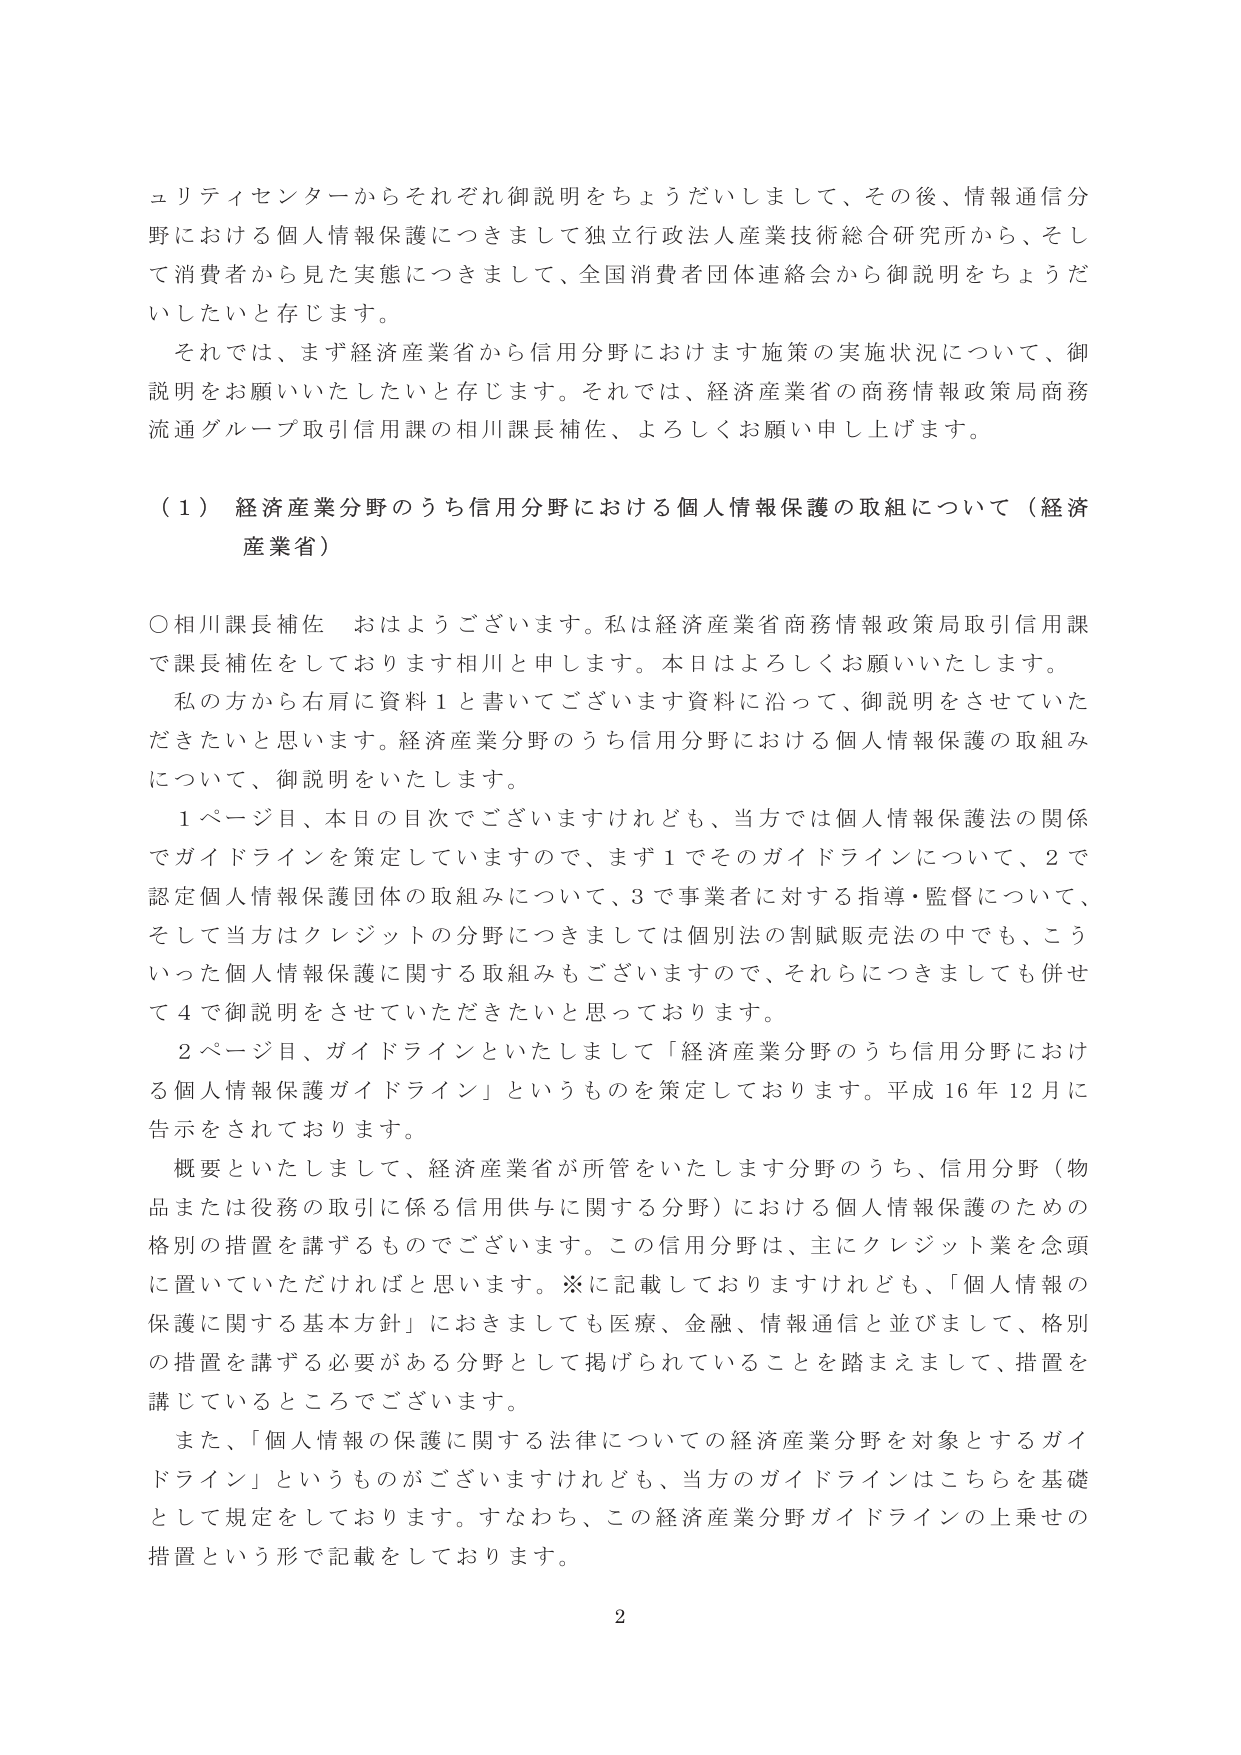
ユリティセンターからそれぞれ御説明をちょうだいしまして、その後、情報通信分野における個人情報保護につきまして独立行政法人産業技術総合研究所から、そして消費者から見た実態につきまして、全国消費者団体連絡会から御説明をちょうだいしたいと存じます。

それでは、まず経済産業省から信用分野におけます施策の実施状況について、御説明をお願いいたしたいと存じます。それでは、経済産業省の商務情報政策局商務流通グループ取引信用課の相川課長補佐、よろしくお願い申し上げます。

（１）経済産業分野のうち信用分野における個人情報保護の取組について（経済産業省）

○相川課長補佐　おはようございます。私は経済産業省商務情報政策局取引信用課で課長補佐をしております相川と申します。本日はよろしくお願いいたします。

私の方から右肩に資料１と書いてございます資料に沿って、御説明をさせていただきたいと思います。経済産業分野のうち信用分野における個人情報保護の取組みについて、御説明をいたします。

１ページ目、本日の目次でございますけれども、当方では個人情報保護法の関係でガイドラインを策定していますので、まず１でそのガイドラインについて、２で認定個人情報保護団体の取組みについて、３で事業者に対する指導・監督について、そして当方はクレジットの分野につきましては個別法の割賦販売法の中でも、こういった個人情報保護に関する取組みもございますので、それらにつきましても併せて４で御説明をさせていただきたいと思っております。

２ページ目、ガイドラインといたしまして「経済産業分野のうち信用分野における個人情報保護ガイドライン」というものを策定しております。平成16年12月に告示をされております。

概要といたしまして、経済産業省が所管をいたします分野のうち、信用分野（物品または役務の取引に係る信用供与に関する分野）における個人情報保護のための格別の措置を講ずるものでございます。この信用分野は、主にクレジット業を念頭に置いていただければと思います。※に記載しておりますけれども、「個人情報の保護に関する基本方針」におきましても医療、金融、情報通信と並びまして、格別の措置を講ずる必要がある分野として掲げられていることを踏まえまして、措置を講じているところでございます。

また、「個人情報の保護に関する法律についての経済産業分野を対象とするガイドライン」というものがございますけれども、当方のガイドラインはこちらを基礎として規定をしております。すなわち、この経済産業分野ガイドラインの上乗せの措置という形で記載をしております。

2